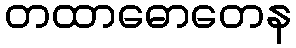
တထာဓောတေန